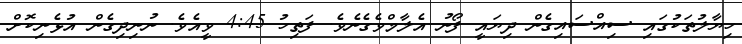
ހިޔާލުތަކުގައި ސިއްސައިގެން ދިޔައީ ފޯނު އެލާމްވެގެނެވެ. ފަތިހު 4:45 ވީއެވެ. ނުނިދިގެން އުޅެނިކޮށް